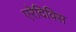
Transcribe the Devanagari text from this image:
एरेदिविस